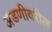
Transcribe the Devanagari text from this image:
अडणीवरील